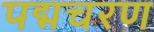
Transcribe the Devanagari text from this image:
पद्मचरण